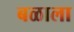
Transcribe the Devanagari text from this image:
बळाला